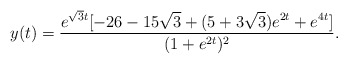
\begin{align*}y(t)=\frac{e^{\sqrt{3}t}[-26-15\sqrt{3} +(5+3\sqrt{3})e^{2t}+ e^{4t} ]}{(1+e^{2t})^2}.\end{align*}